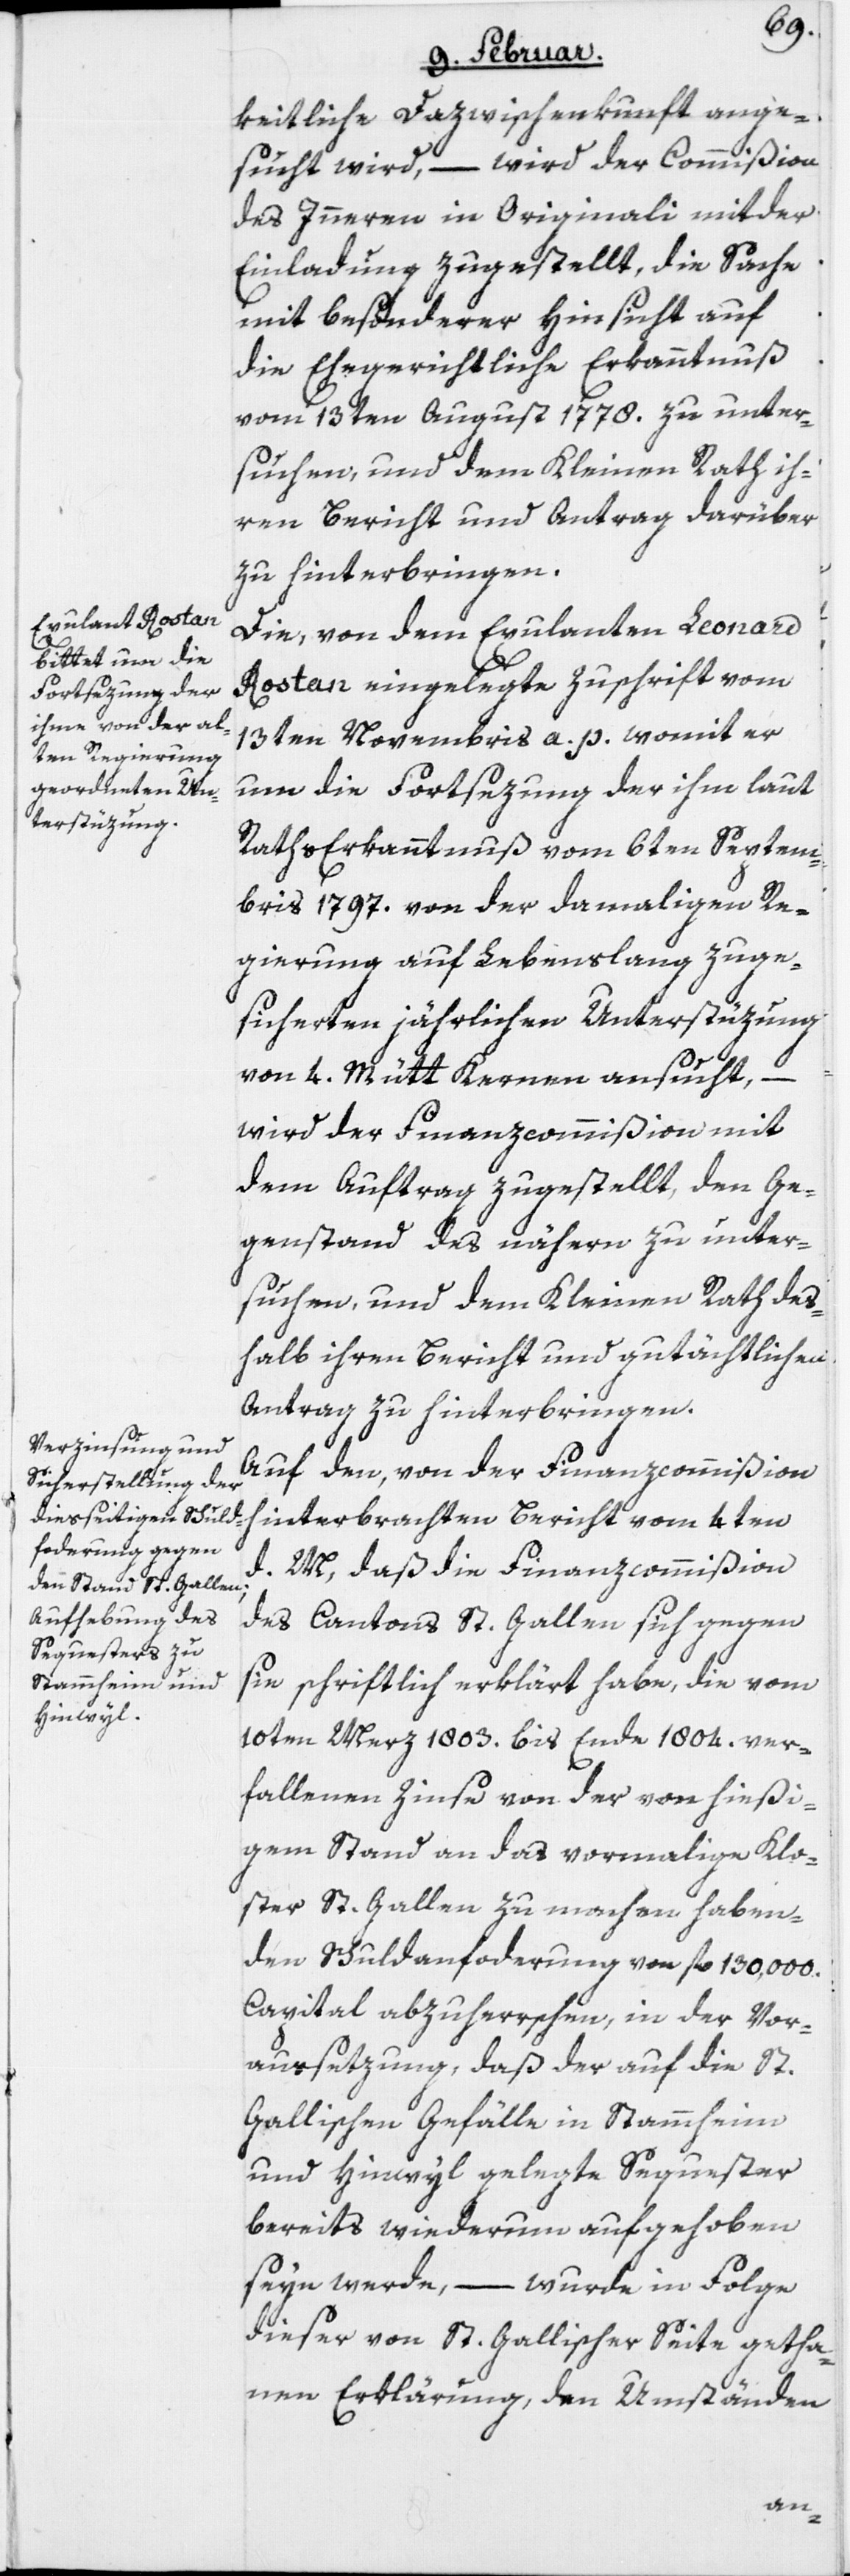
keitliche Dazwischenkunft ange¬
sucht wird, – wird der Commißion
des Inneren in Originali mit der
Einladung zugestellt, die Sache
mit besonderer Hinsicht auf
die Ehegerichtliche Erkanntnuß
vom 13ten August 1778. zu unter¬
suchen, und dem Kleinen Rath ih¬
ren Bericht und Antrag darüber
zu hinterbringen.
Die, von dem Exulanten Leonard
Rostan eingelegte Zuschrift vom
13ten Novembris a. p. womit er
um die Fortsezung der ihm laut
Raths[-]Erkanntnuß vom 6ten Septem¬
bris 1797. von der damaligen Re¬
gierung auf Lebenslang zuge¬
sicherten jährlichen Unterstüzung
von 4. Mütt Kernen ansucht,
wird der Finanzcommißion mit
dem Auftrag zugestellt, den Ge¬
genstand des nähern zu unter¬
suchen, und dem Kleinen Rath des¬
halb ihren Bericht und gutächtlichen
Antrag zu hinterbringen.
Auf den, von der Finanzcommißion
hinterbrachten Bericht vom 4ten
d. M., daß die Finanzcommißion
des Cantons St. Gallen sich gegen
sie schriftlich erklärt habe, die vom
10ten Merz 1803. bis Ende 1804. ver¬
fallenen Zinse von der von hießi¬
gem Stand an das vormalige Klo¬
ster St. Gallen zu machen haben¬
den Schuldanforderung von fl. 130,000.
Capital abzuherrschen, in der Vor¬
aussetzung, daß der auf die St.
Gallischen Gefälle in Stammheim
und Hinwyl gelegte Sequester
bereits wiederum aufgehoben
seyn werde, – wurde in Folge
dieser von St. Gallischer Seite getha¬
nen Erklärung, den Umständen